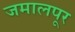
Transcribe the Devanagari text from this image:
जमालपूर